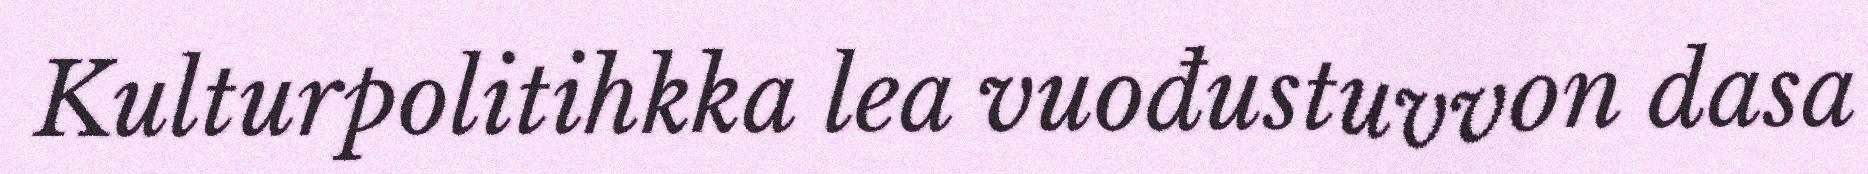
Kulturpolitihkka lea vuođustuvvon dasa